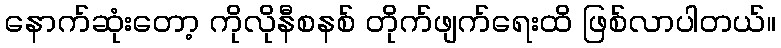
နောက်ဆုံးတော့ ကိုလိုနီစနစ် တိုက်ဖျက်ရေးထိ ဖြစ်လာပါတယ်။